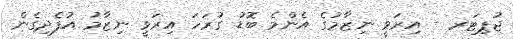
ޖުޕިޓަރ - އިރަވީ ނިޒާމުގެ އެންމެ ބޮޑު ގުރަހަ އިރަވީ ނިޒާމު އުފެދިގެން